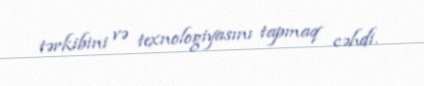
tərkibini və texnologiyasını tapmaq cəhdi.